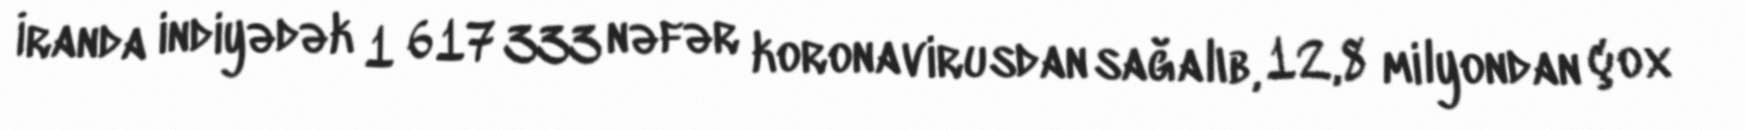
İranda indiyədək 1 617 333 nəfər koronavirusdan sağalıb, 12,8 milyondan çox